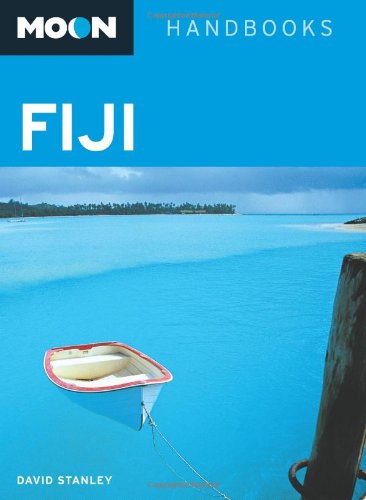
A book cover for Moon Fiji (Moon Handbooks); David Stanley; Travel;